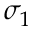
\sigma _ { 1 }